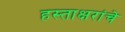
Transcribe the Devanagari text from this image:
हस्ताक्षरांचे